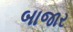
બાજાર